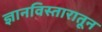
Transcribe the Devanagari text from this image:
ज्ञानविस्तारातून